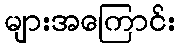
များအကြောင်း